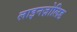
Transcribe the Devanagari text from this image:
लाइनज़ोलिड